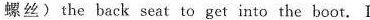
螺丝)the back seat to get into the boot.I